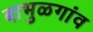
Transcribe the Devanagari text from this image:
बाभुळगांव